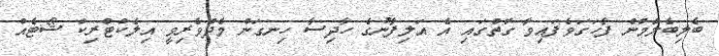
ބެލިބެލުމުން ފާހަގަވެފައިވާ ގޮތުގައި އެ އަލިފާނުގެ ހާދިސާ ހިނގަން މެދުވެރިވީ އިލެކްޓްރިކް ޝޯޓެއް